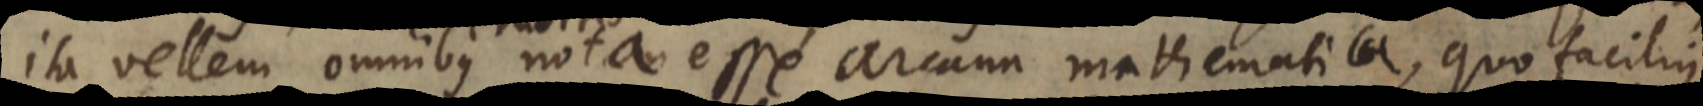
ita vellem omnibus nota esse arcana mathematica, quo facilius